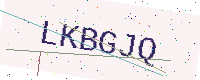
Text: LKBGJQ